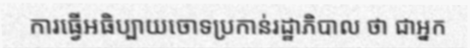
ការធ្វើអធិប្បាយចោទប្រកាន់រដ្ឋាភិបាល ថា ជាអ្នក